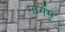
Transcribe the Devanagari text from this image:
मार्गम्